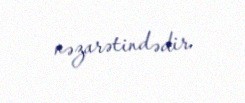
nəzarətindədir.